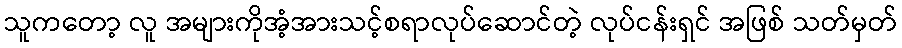
သူကတော့ လူ အများကိုအံ့အားသင့်စရာလုပ်ဆောင်တဲ့ လုပ်ငန်းရှင် အဖြစ် သတ်မှတ်